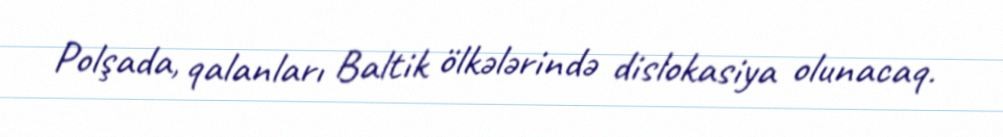
Polşada, qalanları Baltik ölkələrində dislokasiya olunacaq.